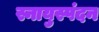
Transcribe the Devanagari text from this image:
स्नायुस्पंदन